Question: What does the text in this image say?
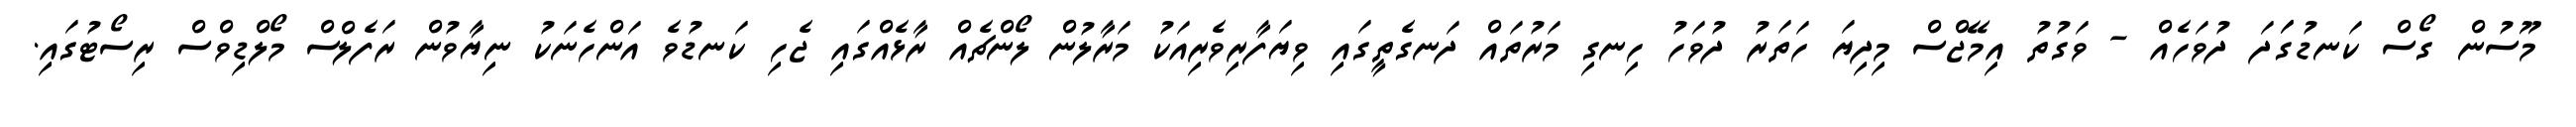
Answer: މޫސުން ގޯސް ކަނޑުގަަދަ ދުވަހެއް - ވަގުތު އިމޭޖްސް މިދިޔަ ހަތަރު ދުވަހު ހިނގި މަރުތައް ދަނގެތީގައި ވިޔަފާރިވެރިއަކު މަރާލުން ލޯންޗެއް ރާޅެއްގައި ޖެހި ކަނޑުވެ އަންހެނަކު ނިޔާވުން ރަފެލްސް މޯލްޑިވްސް ރިސޯޓުގައި.